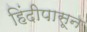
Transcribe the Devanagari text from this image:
हिंदीपासून